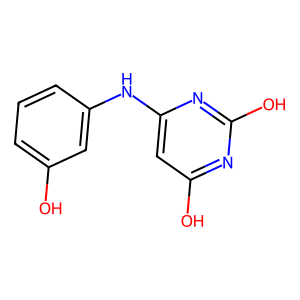
SMILES: Oc1cccc(Nc2cc(O)nc(O)n2)c1
Inhibits HIV replication: No